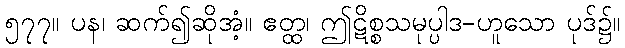
၅၇၇။ ပန၊ ဆက်၍ဆိုအံ့။ ဧတ္ထ၊ ဤဋိစ္စသမုပ္ပါဒ-ဟူသော ပုဒ်၌။